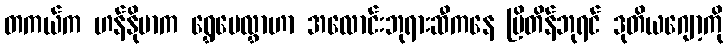
တကယ်က ဟန်နိုဗာက ရွှေပေလွှာဟာ အလောင်းဘုရားဆီကနေ ဗြိတိန်ဘုရင် ဒုတိယဂျော့ကို